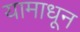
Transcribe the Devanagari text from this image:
यामाधून